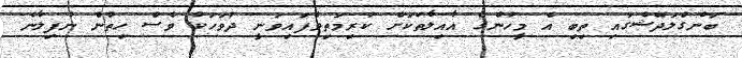
ބަންގްލަދޭޝްގައި ތިބި އެ މީހުންގެ އާއިލާތަކަށް ކުރިމަތިވެފައިވަނީ ދުވަހަކު ވެސް ހިތުން ނުފިލާނެ